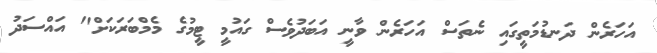
އަހަރެން ދަނޑުމަތީގައި ނެތަސް އަހަރެން ވާނީ އަބަދުވެސް ގައުމީ ޓީމުގެ މެމްބަރަކަށް" އައްސަދު